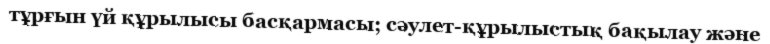
тұрғын үй құрылысы басқармасы; сәулет-құрылыстық бақылау және